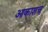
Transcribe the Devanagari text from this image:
आकाशच